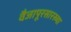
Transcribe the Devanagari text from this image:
वैजापूरसारख्या